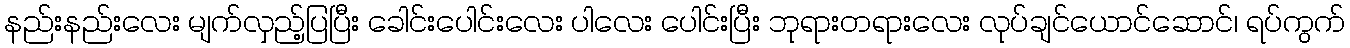
နည်းနည်းလေး မျက်လှည့်ပြပြီး ခေါင်းပေါင်းလေး ပါလေး ပေါင်းပြီး ဘုရားတရားလေး လုပ်ချင်ယောင်ဆောင်၊ ရပ်ကွက်